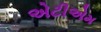
એટીએમ